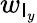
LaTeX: w_{\mathsf{I}_{y}}